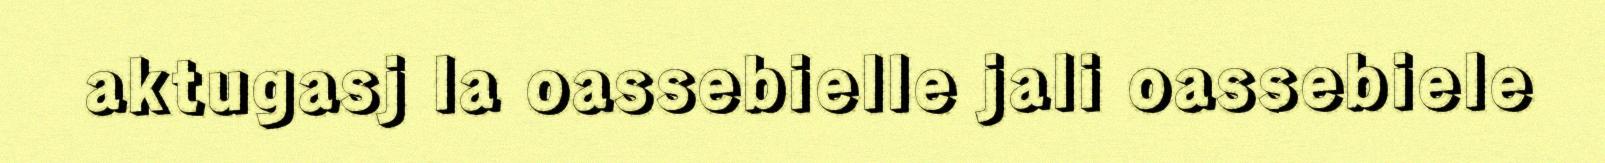
aktugasj la oassebielle jali oassebiele